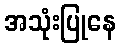
အသုံးပြုနေ